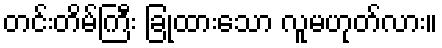
တင်းတိမ်ကြီး ခြုံထားသော လူမဟုတ်လား။